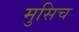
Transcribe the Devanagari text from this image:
मुसिच